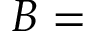
B =